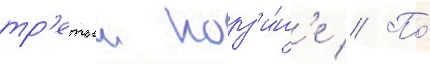
тр'етьеи корз'и́н'е // По́